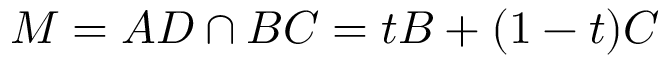
M = A D \cap B C = t B + ( 1 - t ) C